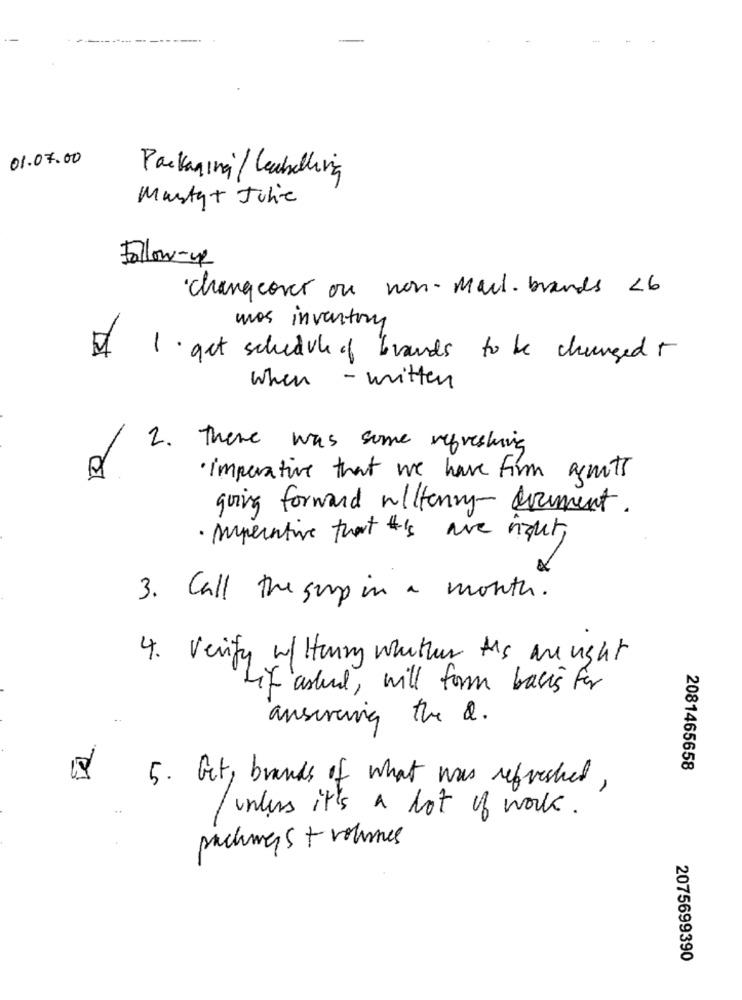
01.07.00
Packaging' / labelling
Martat Julie
Follow-up
· changeover ou non - Mail. brands <6
was inventory
1 . get schedule of brands to be changed +
when - witten
2. There was some refreshing
· imperative that we have firm asmots
going forward wittenry-document.
· Imperative that 's are right,
3. Call the surp in a month.
4. Verify w/ Henry whither tis ar ight
if asked , will form basis for
answering the 2.
2081465658
5. Get, brands of what was refreshed ,
unless it's a lot of work.
packmes + volumes
2075699390